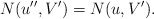
\begin{align*}N(u'',V')=N(u,V').\end{align*}